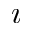
\imath